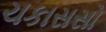
ચકાસસો